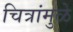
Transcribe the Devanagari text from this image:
चित्रांमुळे